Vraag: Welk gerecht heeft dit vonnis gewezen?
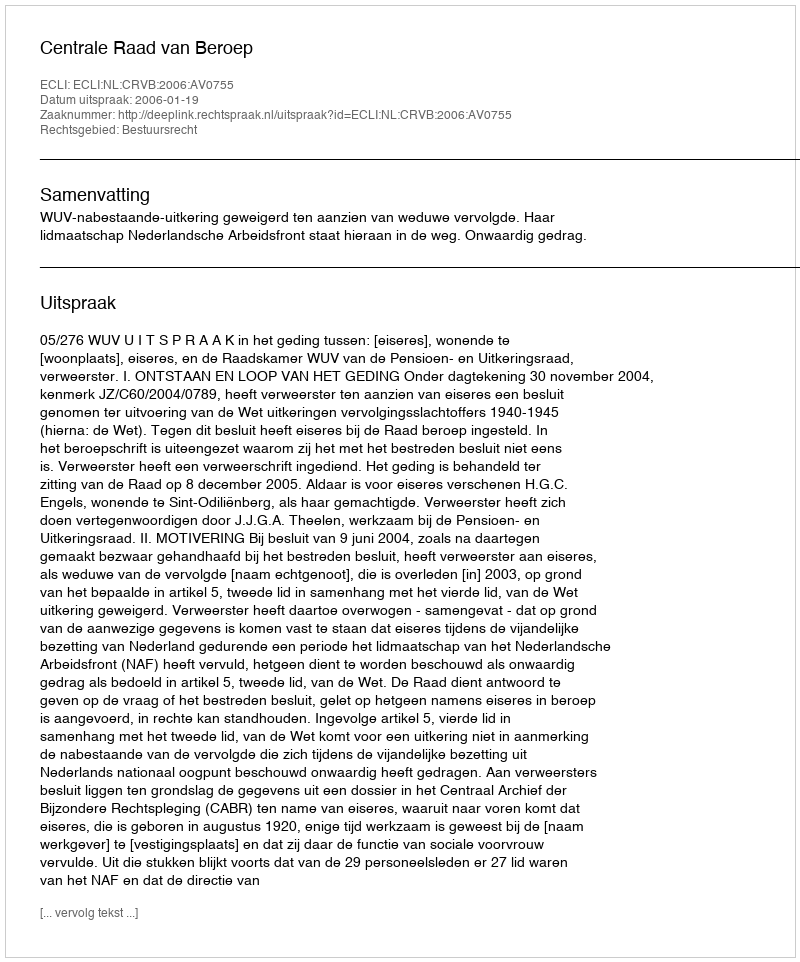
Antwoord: Centrale Raad van Beroep